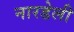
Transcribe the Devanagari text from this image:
नारडेली